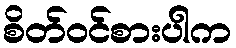
စိတ်ဝင်စားပါက